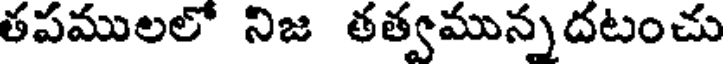
తపములలో నిజ తత్వమున్నదటంచు